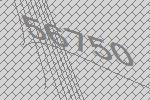
56750